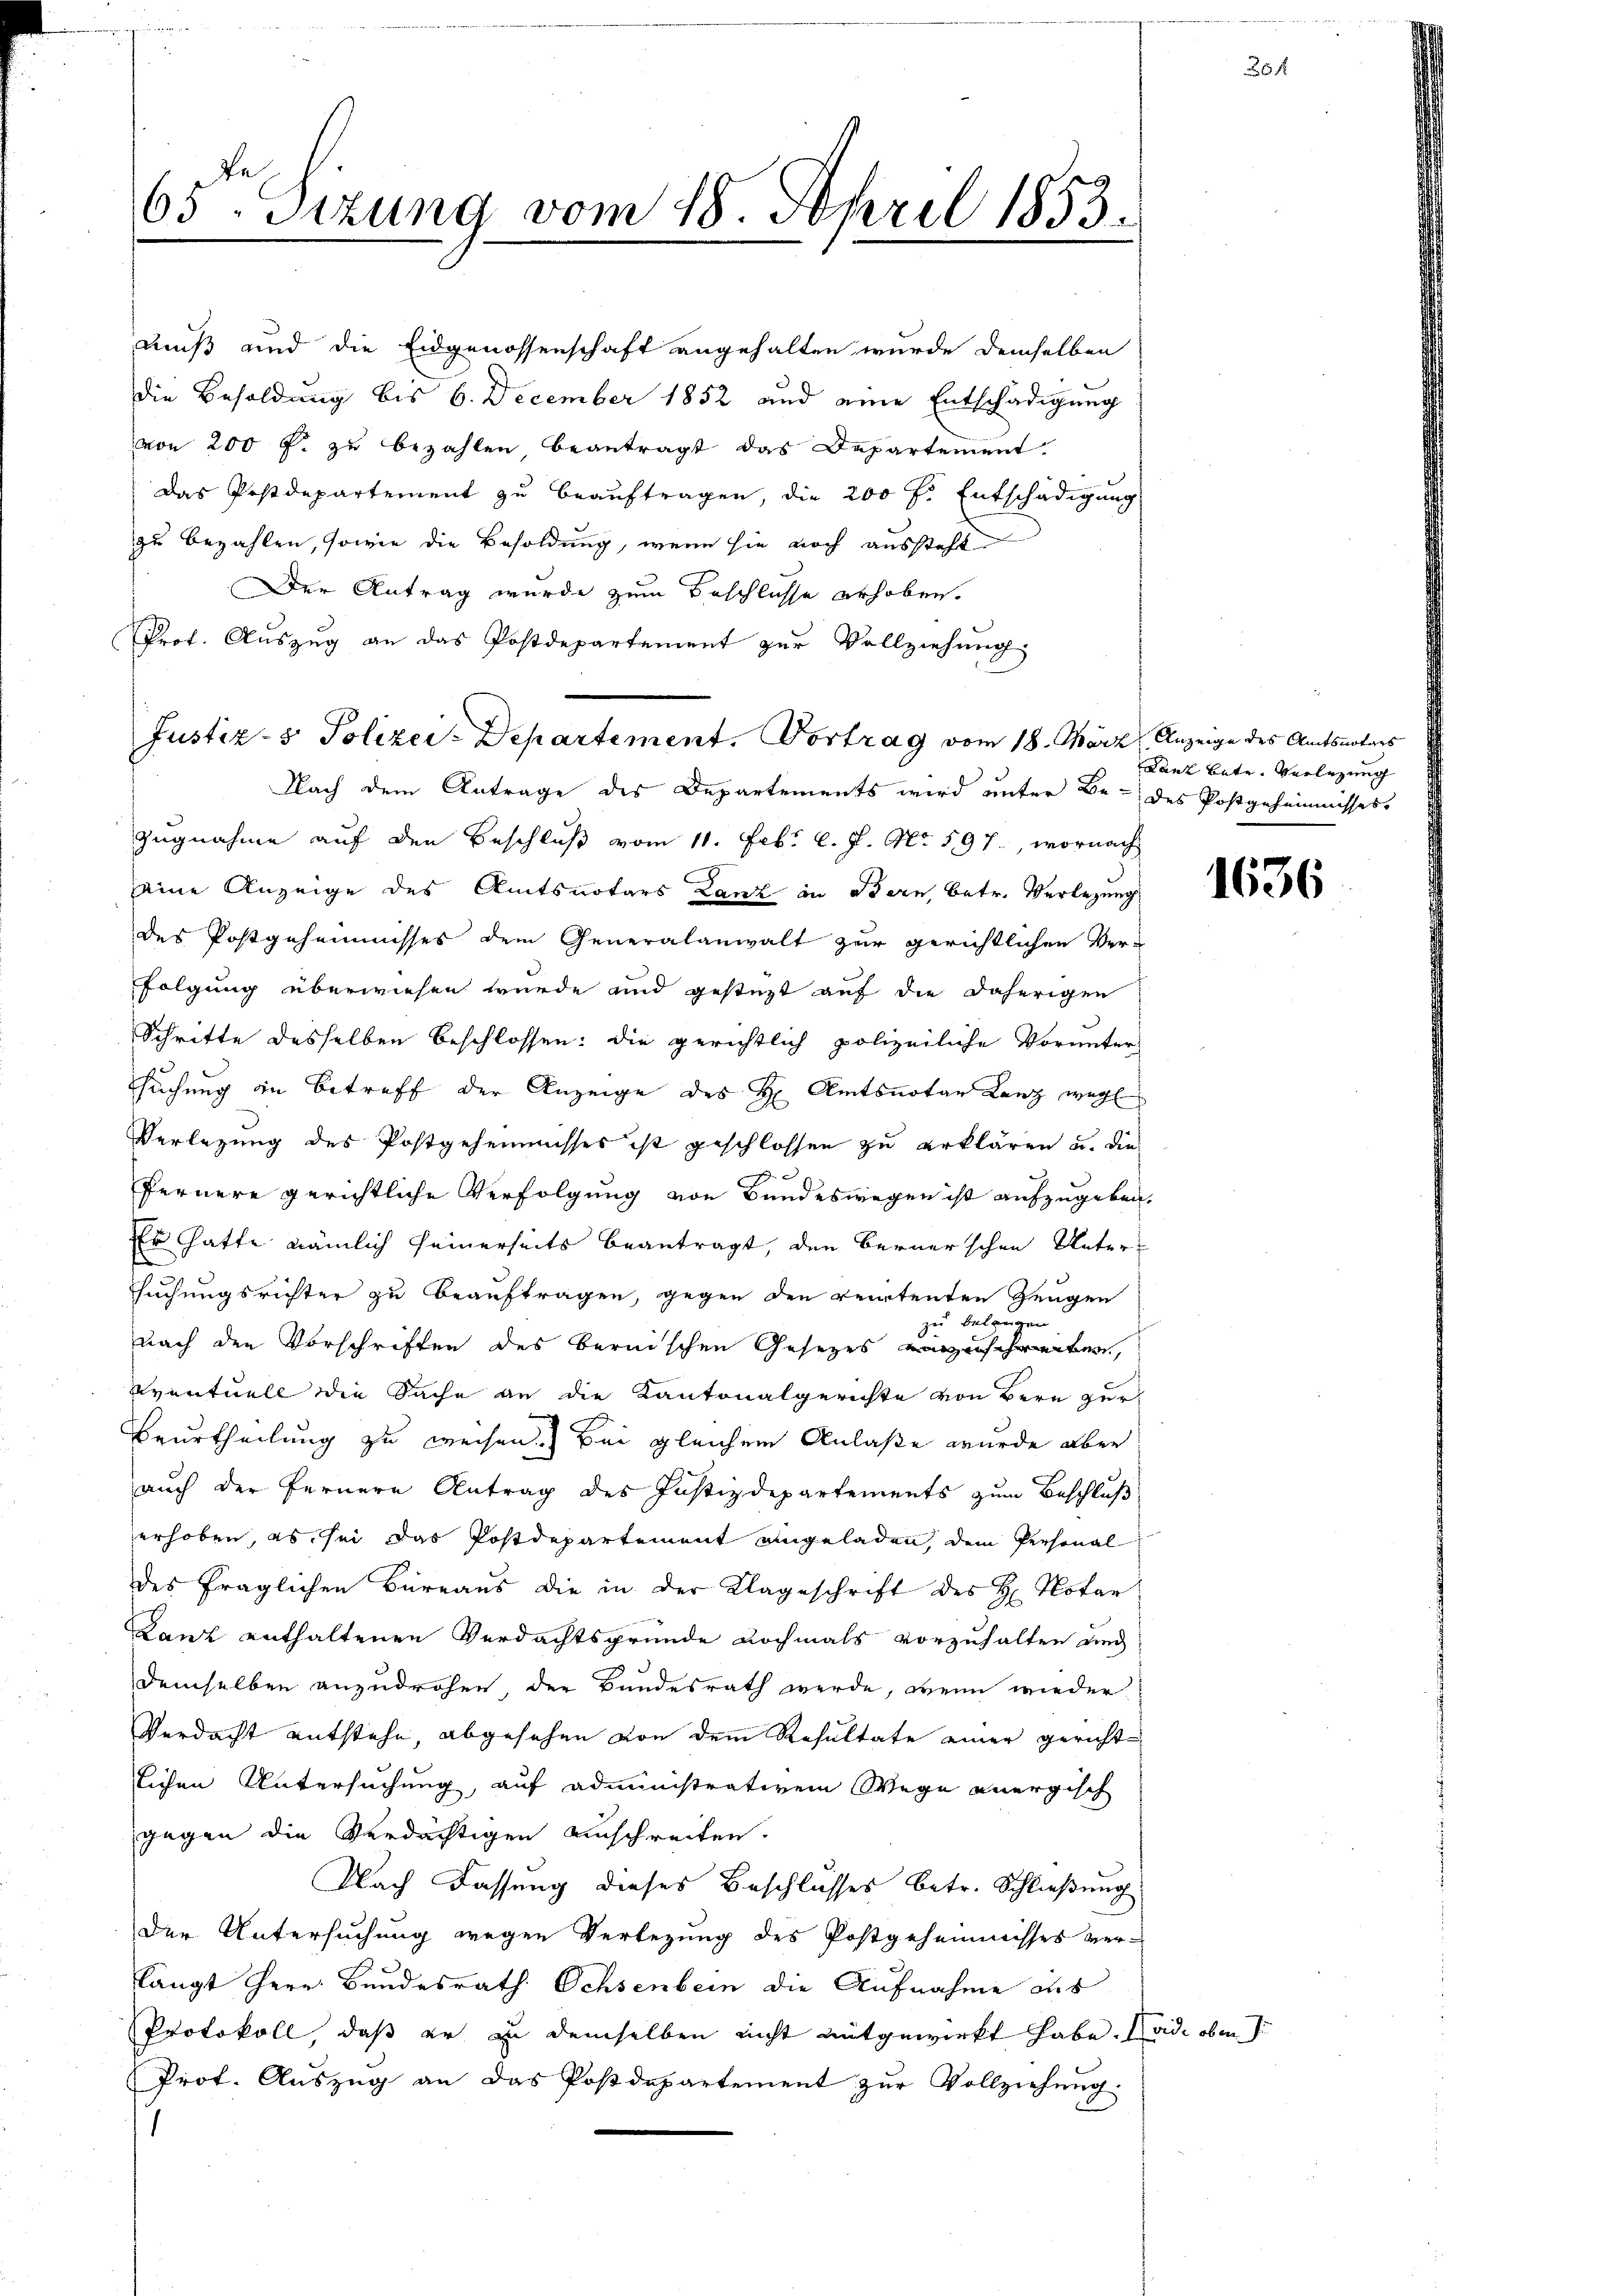
65ten Sizung vom 18. April 1853.

muß und die Eidgenossenschaft angehalten wurde demselben
Die Besoldung bis 6. December 1852 und eine Entschädigung
von 200 f. zu bezahlen beantragt das Departement
Das Postdepartement zu beauftragen, die 200 fl. Entschädigung
zu bezahlen, sowie die Besoldung, wenn sie noch aussteht
Der Antrag wurde zum Beschlüsse erhoben.
Prof. Auszug an das Postdepartement zur Vollziehung.
Nach dem Antrage des Departements wird unter Be- des Postgeheimnisses
zugnahme auf den Beschluß vom 11. Febr. l. J. No. 597., wornach
eine Anzeige des Amtsnotars Lanz in Bern, betr. Verlegung
des Postgeheimnisses dem Generalanwalt zur gerichtlichen Ver-
folgung überwiesen wurde und gestüzt auf die daherigen
Schritte desselben beschlossen: die gerichtlich polizeiliche Vorunter-
suchung in Betreff der Anzeige des H. Amtsnotar Lanz weg
Verlegung des Postgeheimisses ist geschlossen zu erklären u. die
fernere gerichtliche Verfolgung von Bundeswegen ist aufzugeben,
Er Gatte nämlich seinerseits beantragt, den Bernerschen Untersuchungsrichter zu beauftragen, gegen den rectenten Zeugen
zu belangen
nach den Vorschriften des bernischen Gesetzes erschweiter,
sventuell die Sache an die Kantonalgerichte von Bern zur
Beurtheilung zu weisen. Bei gleichem Anlaße wurde aber
auch der fernere Antrag des Justizdepartements zum Beschluß
erhoben, es sei das Postdepartement aingeladen, dem Personal
des fraglichen Büreaus die in der Klageschrift des H. Notar
Lanz enthaltenen Verdachtsgründe nochmals vorzuhalten und
demselben anzudrohen der Bundesrath werde, wenn wieder
Verdacht entstehe, abgesehen von dem Resultate einer gerichte
lichen Untersuchung, auf administrativem Wege anergisch
gegen die Verdächtigen Anschreiten.
Nach Fassung dieses Beschlusses betr. Schließung
Der Untersuchung wegen Verlegung des Postgeheimnisses ver-
langt Herr Bundesrath Ochsenbein die Aufnahme des
Protokoll, daß er zu demselben nicht mitgewirkt habe. Nade oben
Prot. Auszug an das Postdepartement zur Vollziehung.

Justiz- & Polizei-Departement, Vortrag vom 18. März Anzeige des Amtsnotars

Lanz bete. Verlegung

1636